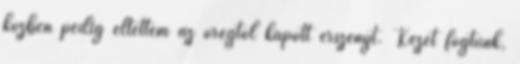
közben pedig eltettem az öregtől kapott erszényt. Kezet fogtunk,